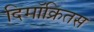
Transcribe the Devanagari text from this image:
दिमॉक्रितस